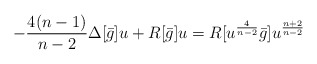
\begin{align*}- \frac {4(n-1)}{n-2} \Delta[\bar g] u+ R[\bar g]u = R[u^\frac 4{n-2} \bar g] u^\frac {n+2}{n-2}\end{align*}